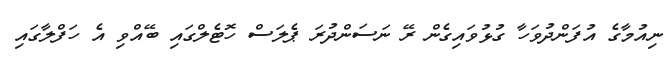
ނިއުމާގެ އުފަންދުވަހާ ގުޅުވައިގެން ރޭ ނަސަންދުރަ ޕެލަސް ހޮޓެލްގައި ބޭއްވި އެ ހަފްލާގައި